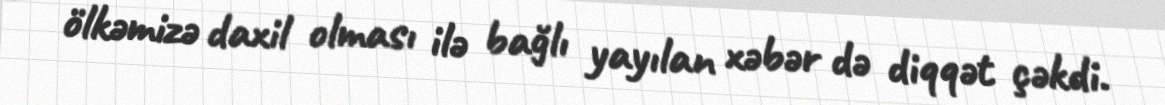
ölkəmizə daxil olması ilə bağlı yayılan xəbər də diqqət çəkdi.